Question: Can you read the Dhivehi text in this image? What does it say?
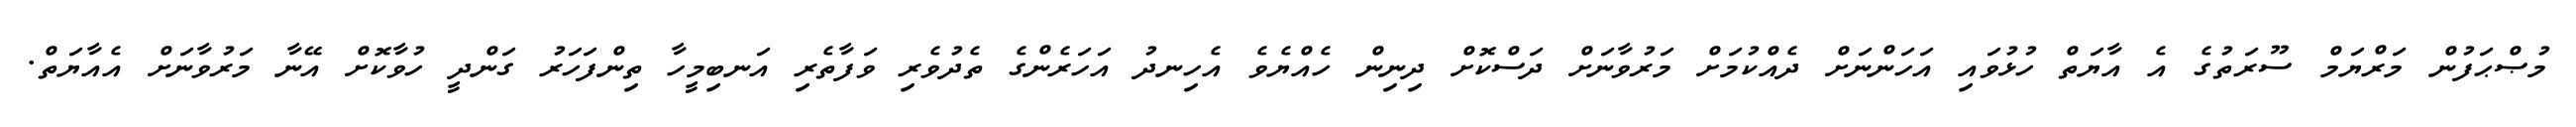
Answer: މުޞްޙަފުން މަރްޔަމް ސޫރަތުގެ އެ އާޔަތް ހުޅުވައި އަހަންނަށް ދެއްކުމަށް މަރުވާނަށް ދަސްކޮށް ދިނިން ހެއްޔެވެ އެހިނދު އަހަރެންގެ ތެދުވެރި ވަފާތެރި އަނބިމީހާ ތިންފަހަރު ގަންދީ ހުވާކޮށް އޭނާ މަރުވާނަށް އެއާޔަތް.